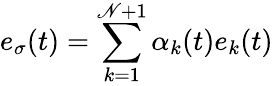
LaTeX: e_{\sigma}(t)=\sum_{k=1}^{\mathscr{N}+1}\alpha_{k}(t)e_{k}(t)